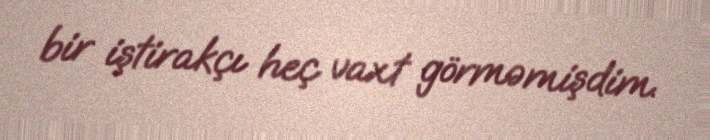
bir iştirakçı heç vaxt görməmişdim.